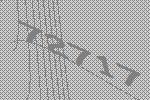
72717